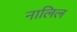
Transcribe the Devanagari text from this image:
नालिल